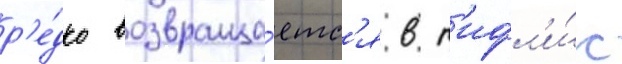
р'е́дко возвраща́етс'я в т'ифл'и́с